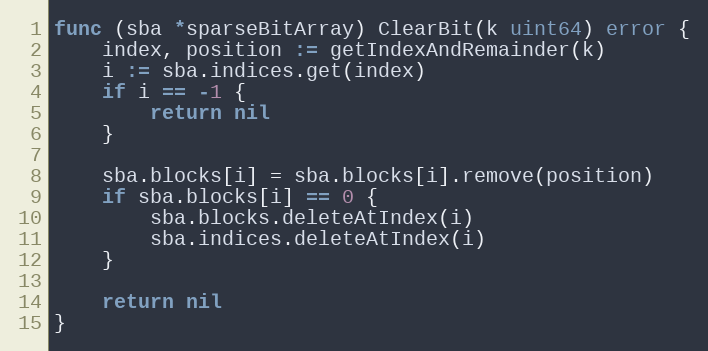
Language: Go
func (sba *sparseBitArray) ClearBit(k uint64) error {
	index, position := getIndexAndRemainder(k)
	i := sba.indices.get(index)
	if i == -1 {
		return nil
	}

	sba.blocks[i] = sba.blocks[i].remove(position)
	if sba.blocks[i] == 0 {
		sba.blocks.deleteAtIndex(i)
		sba.indices.deleteAtIndex(i)
	}

	return nil
}